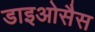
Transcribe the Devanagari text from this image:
डाइओसैस